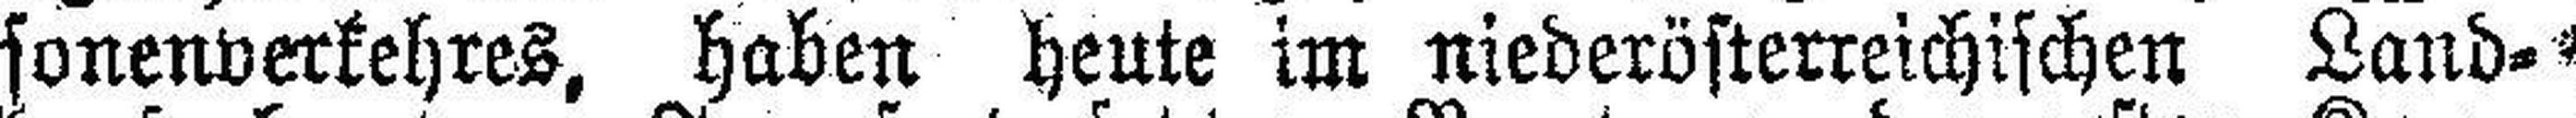
sonenverkehres, haben heute im niederösterreichischen Land¬